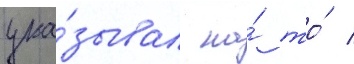
ука́зывал на́ то́ /